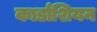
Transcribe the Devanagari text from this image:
कार्डाशियन